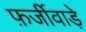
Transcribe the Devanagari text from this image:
फ़र्जीवाड़े